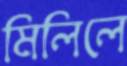
মিলিলে